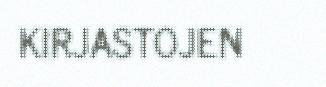
KIRJASTOJEN